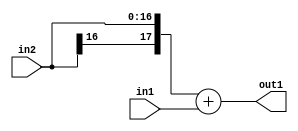
`timescale 1ps / 1ps
/*****************************************************************************
    Verilog RTL Description
    
    
    Created by: Stratus DpOpt 2019.1.01 
*******************************************************************************/

module st_weight_addr_gen_Add_17Sx9U_18S_4_1 (
	in2,
	in1,
	out1
	); /* architecture "behavioural" */ 
input [16:0] in2;
input [8:0] in1;
output [17:0] out1;
wire [17:0] asc001;

assign asc001 = 
	+({in2[16], in2})
	+(in1);

assign out1 = asc001;
endmodule

/* CADENCE  ubTxQwA= : u9/ySgnWtBlWxVPRXgAZ4Og= ** DO NOT EDIT THIS LINE ******/